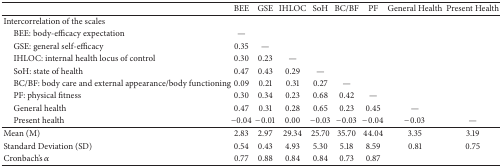
<table><thead><tr><td><b> </b></td><td><b>BEE</b></td><td><b>GSE</b></td><td><b>IHLOC</b></td><td><b>SoH</b></td><td><b>BC/BF</b></td><td><b>PF</b></td><td><b>General Health</b></td><td><b>Present Health</b></td></tr></thead><tbody><tr><td>Intercorrelation of the scales</td><td> </td><td> </td><td> </td><td> </td><td> </td><td> </td><td> </td><td> </td></tr><tr><td> BEE: body-efficacy expectation </td><td>—</td><td> </td><td> </td><td> </td><td> </td><td> </td><td> </td><td> </td></tr><tr><td> GSE: general self-efficacy </td><td>0.35</td><td>—</td><td> </td><td> </td><td> </td><td> </td><td> </td><td> </td></tr><tr><td> IHLOC: internal health locus of control</td><td>0.30</td><td>0.23</td><td>—</td><td> </td><td> </td><td> </td><td> </td><td> </td></tr><tr><td> SoH: state of health</td><td>0.47</td><td>0.43</td><td>0.29</td><td>—</td><td> </td><td> </td><td> </td><td> </td></tr><tr><td> BC/BF: body care and external appearance/body functioning </td><td>0.09</td><td>0.21</td><td>0.31</td><td>0.27</td><td>—</td><td> </td><td> </td><td> </td></tr><tr><td> PF: physical fitness </td><td>0.30</td><td>0.34</td><td>0.23</td><td>0.68</td><td>0.42</td><td>—</td><td> </td><td> </td></tr><tr><td> General health </td><td>0.47</td><td>0.31</td><td>0.28</td><td>0.65</td><td>0.23</td><td>0.45</td><td>—</td><td> </td></tr><tr><td> Present health </td><td>−0.04</td><td>−0.01</td><td>0.00</td><td>−0.03</td><td>−0.03</td><td>−0.04</td><td>−0.03</td><td>—</td></tr><tr><td>Mean (M)</td><td>2.83</td><td>2.97</td><td>29.34</td><td>25.70</td><td>35.70</td><td>44.04</td><td>3.35</td><td>3.19</td></tr><tr><td>Standard Deviation (SD)</td><td>0.54</td><td>0.43</td><td>4.93</td><td>5.30</td><td>5.18</td><td>8.59</td><td>0.81</td><td>0.75</td></tr><tr><td>Cronbach&#x27;s <i>α</i></td><td>0.77</td><td>0.88</td><td>0.84</td><td>0.84</td><td>0.73</td><td>0.87</td><td> </td><td> </td></tr></tbody></table>